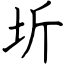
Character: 圻